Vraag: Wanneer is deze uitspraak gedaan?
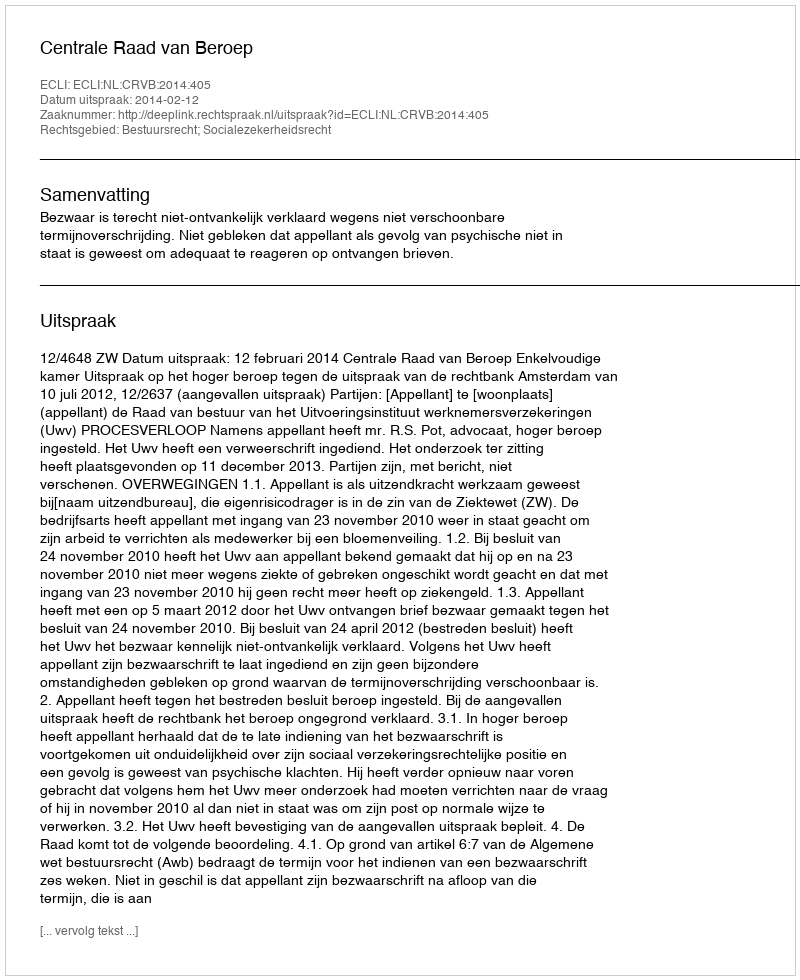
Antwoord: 2014-02-12